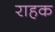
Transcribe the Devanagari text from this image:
राहक